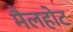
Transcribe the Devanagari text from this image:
मैलहोट